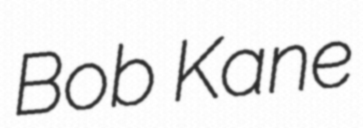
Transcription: Bob Kane